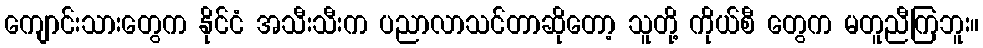
ကျောင်းသားတွေက နိုင်ငံ အသီးသီးက ပညာလာသင်တာဆိုတော့ သူတို့ ကိုယ်စီ တွေက မတူညီကြဘူး။